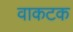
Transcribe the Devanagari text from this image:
वाकटक